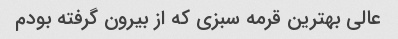
عالی بهترین قرمه سبزی که از بیرون گرفته بودم